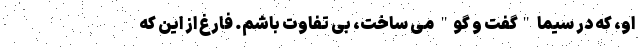
او، که در سیما "گفت و گو" می ساخت، بی تفاوت باشم. فارغ از این که